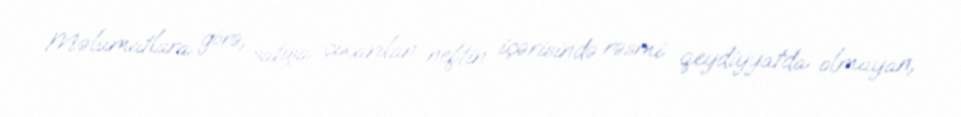
Məlumatlara görə, satışa çıxarılan neftin içərisində rəsmi qeydiyyatda olmayan,